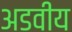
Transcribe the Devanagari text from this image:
अडवीय